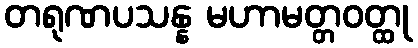
တရုဏပသန္န မဟာမတ္တဝတ္ထု